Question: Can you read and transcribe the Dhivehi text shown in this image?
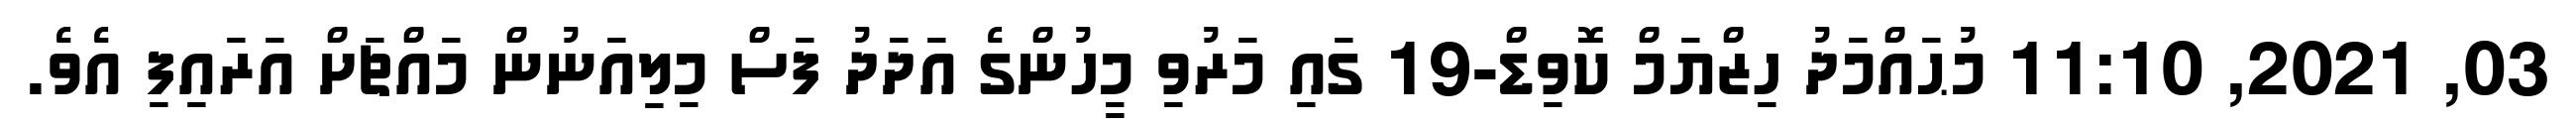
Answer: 03, 2021, 11:10 މުޙައްމަދު ހިޒްޔަމް ކޮވިޑް-19 ގައި މަރުވި މީހުންގެ އަދަދު ފަސް މިލިއަނުން މައްޗަށް އަރައިފި އެވެ.